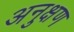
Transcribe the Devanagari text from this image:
अनुक्षण